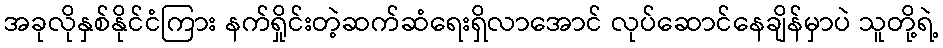
အခုလိုနှစ်နိုင်ငံကြား နက်ရှိုင်းတဲ့ဆက်ဆံရေးရှိလာအောင် လုပ်ဆောင်နေချိန်မှာပဲ သူတို့ရဲ့